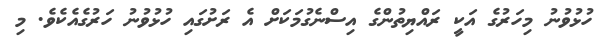
ހުޅުވުނު މިހަރުގެ އަކީ ރައްޔިތުންގެ އިސްނެގުމަކަށް އެ ރަށުގައި ހުޅުވުނު ހަރުގެއެކެވެ. މި